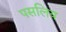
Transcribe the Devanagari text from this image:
पसलिय